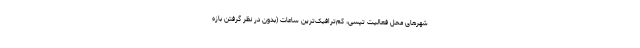
شهرهای محل فعالیت تپسی، کم‌ترافیک‌ترین ساعات (بدون در نظر گرفتن بازه